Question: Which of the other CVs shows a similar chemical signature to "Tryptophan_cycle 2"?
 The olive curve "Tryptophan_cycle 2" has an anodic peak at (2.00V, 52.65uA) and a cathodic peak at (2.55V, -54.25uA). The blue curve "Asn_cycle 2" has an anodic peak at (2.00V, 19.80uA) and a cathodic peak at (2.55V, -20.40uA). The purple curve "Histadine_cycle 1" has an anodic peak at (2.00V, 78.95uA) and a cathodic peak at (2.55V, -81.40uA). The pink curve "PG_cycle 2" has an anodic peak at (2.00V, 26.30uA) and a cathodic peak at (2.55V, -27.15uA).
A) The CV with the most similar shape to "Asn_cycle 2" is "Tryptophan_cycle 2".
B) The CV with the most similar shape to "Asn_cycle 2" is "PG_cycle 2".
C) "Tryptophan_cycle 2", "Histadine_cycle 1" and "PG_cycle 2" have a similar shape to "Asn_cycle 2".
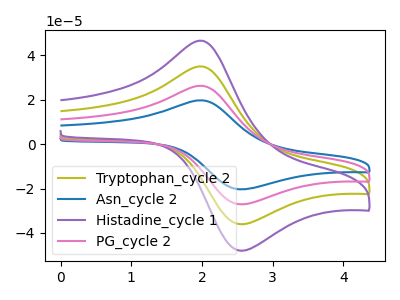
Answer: <think>All the peaks in "Tryptophan_cycle 2" have a peak in "Asn_cycle 2" at the same potential. Every peak in "Tryptophan_cycle 2" is higher than every peak in "Asn_cycle 2". All the peaks in "Tryptophan_cycle 2" have a peak in "Histadine_cycle 1" at the same potential. Every peak in "Tryptophan_cycle 2" is lower than every peak in "Histadine_cycle 1". All the peaks in "Tryptophan_cycle 2" have a peak in "PG_cycle 2" at the same potential. Every peak in "Tryptophan_cycle 2" is higher than every peak in "PG_cycle 2". All the peaks in "Asn_cycle 2" have a peak in "Histadine_cycle 1" at the same potential. Every peak in "Asn_cycle 2" is lower than every peak in "Histadine_cycle 1". All the peaks in "Asn_cycle 2" have a peak in "PG_cycle 2" at the same potential. Every peak in "Asn_cycle 2" is lower than every peak in "PG_cycle 2". All the peaks in "Histadine_cycle 1" have a peak in "PG_cycle 2" at the same potential. Every peak in "Histadine_cycle 1" is higher than every peak in "PG_cycle 2".
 </think>
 <answer>C) "Tryptophan_cycle 2", "Histadine_cycle 1" and "PG_cycle 2" have a similar shape to "Asn_cycle 2".</answer>
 <eval>C</eval>